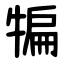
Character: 犏